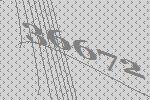
36672